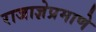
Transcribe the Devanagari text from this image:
राजाज्ञेप्रमाणे